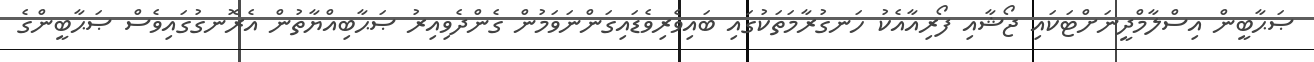
ޞަޙާބީން އިސްލާމްދީނަށްޓަކައި ޖޯޝާއި ފޯރިއާއެކު ހަނގުރާމަތަކުގައި ބައިވެރިވެޑައިގަންނަވަމުން ގެންދެވިއިރު ޞަޙާބިއްޔާތުން އެރޮނގުގައިވެސް ޞަޙާބީންގެ